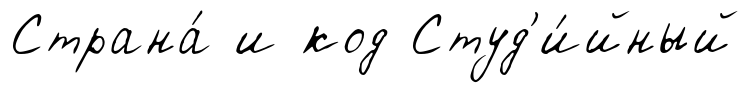
Страна́ и код Студ'и́йный